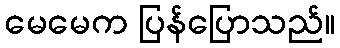
မေမေက ပြန်ပြောသည်။